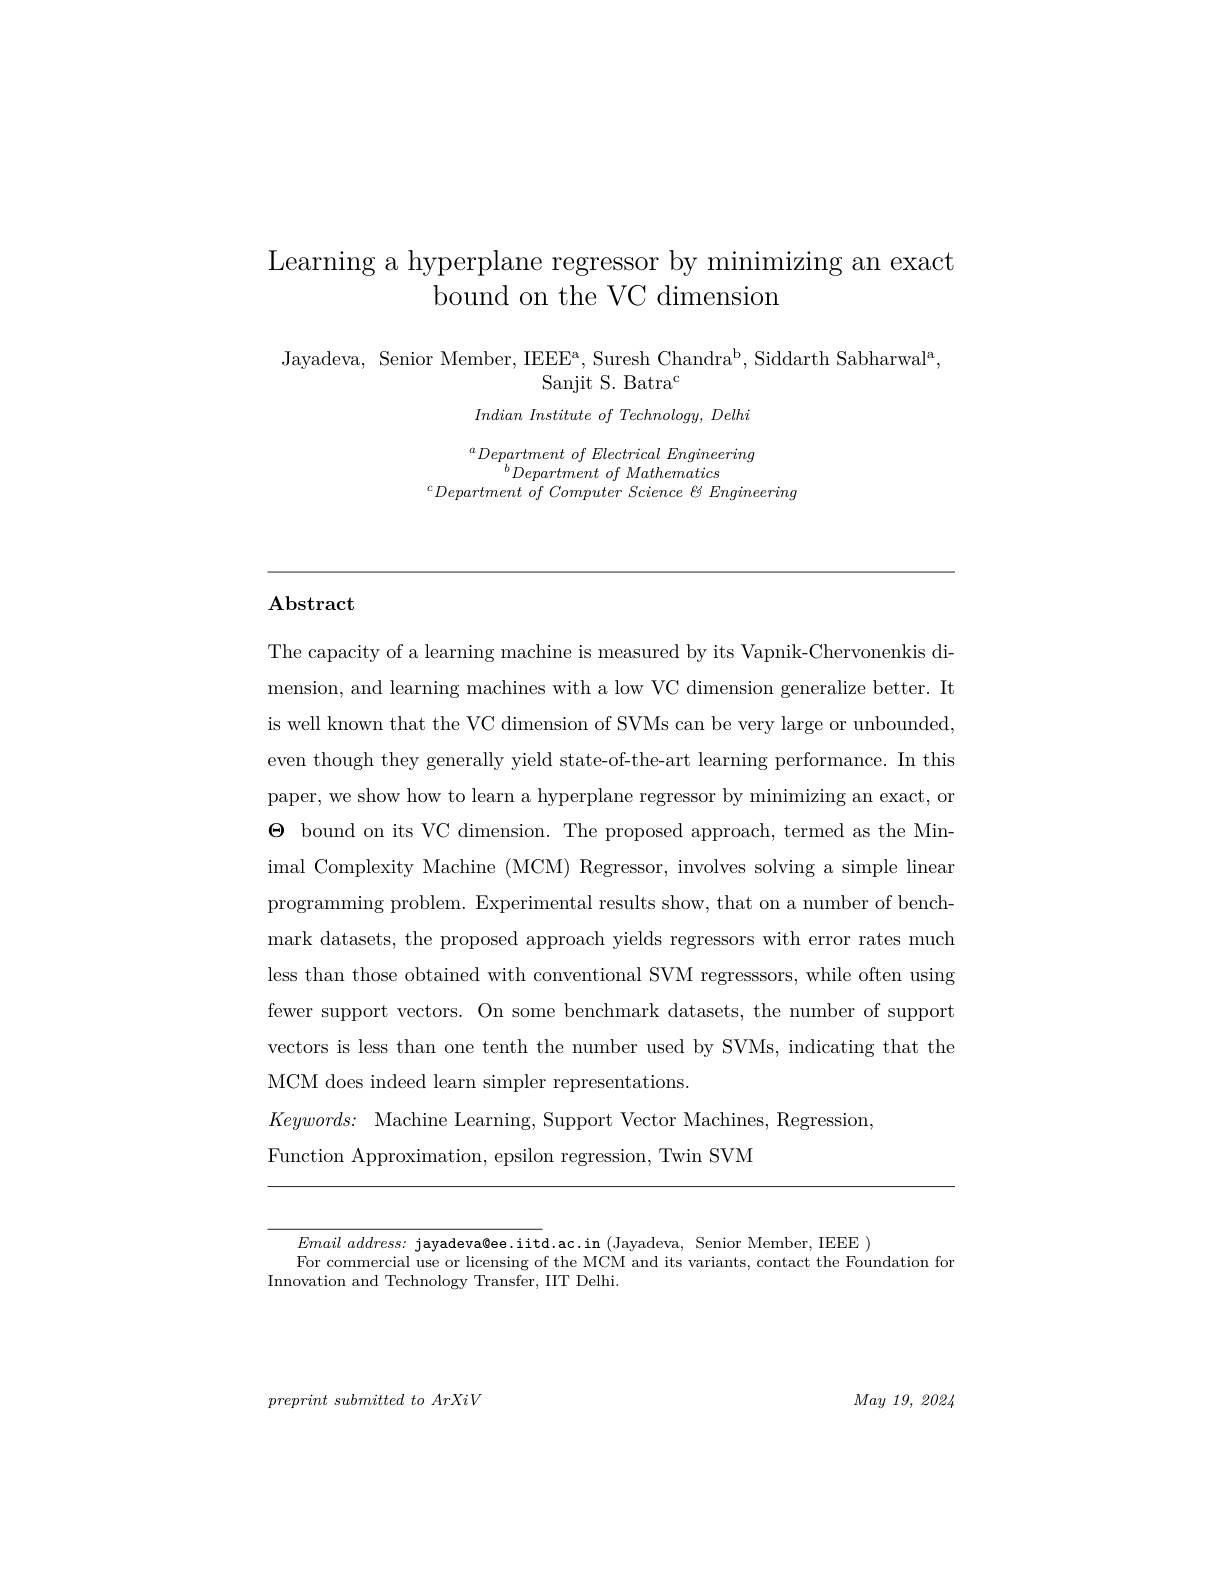
Learning a hyperplane regressor by minimizing an exact
bound on the VC dimension

Jayadeva, Senior Member, IEEEa, Suresh Chandra$^{\mathrm{b}}$,Siddarth Sabharwal$^{\mathrm{a}}$
## Sanjit S. Batra$^{\mathrm{c}}$

$Indian\textit{ Institute of Technology, Delhi}$

${}^{a}Department$ $of$ Electrical Engineering
$^{b}DepartmentofMathematics$
$^{c}Department\textit{of Computer Science B Engineering}$

# $\mathbf{Abstract}$

The capacity of a learning machine is measured by its Vapnik-Chervonenkis dimension, and learning machines with a low VC dimension generalize better. It is well known that the VC dimension of SVMs can be very large or unbounded, even though they generally yield state-of-the-art learning performance. In this paper, we show how to learn a hyperplane regressor by minimizing an exact, or $\Theta$ bound on its VC dimension. The proposed approach, termed as the Minimal Complexity Machine (MCM) Regressor, involves solving a simple linear programming problem. Experimental results show, that on a number of benchmark datasets, the proposed approach yields regressors with error rates much less than those obtained with conventional SVM regresssors, while often using fewer support vectors. On some benchmark datasets, the number of support vectors is less than one tenth the number used by SVMs, indicating that the MCM does indeed learn simpler representations
$Keywords{: }$ Machine Learning, Support Vector Machines, Regression,
Function Approximation, epsilon regression, Twin SVM

$Email\textit{ address:  jayadeva@ ee. iitd. ac. in ( Jayadeva,  Senior Member,  IEEE })$
For commercial use or licensing of the MCM and its variants, contact the Foundation for
Innovation and Technology Transfer, IIT Delhi.

$preprint\textit{ submitted to ArXiV}$

$May\textit{ 19,  2024}$